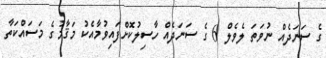
ގެ ސަނަދެއް ނުވަތަ ލެވެލް 6 ގެ ސަނަދެއް ހާސިލުކޮށްފައިވުމާއެކު މަޤާމުގެ މަސައްކަތާ